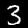
Label: 3